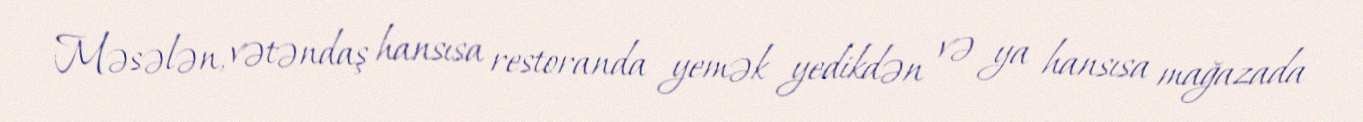
Məsələn, vətəndaş hansısa restoranda yemək yedikdən və ya hansısa mağazada